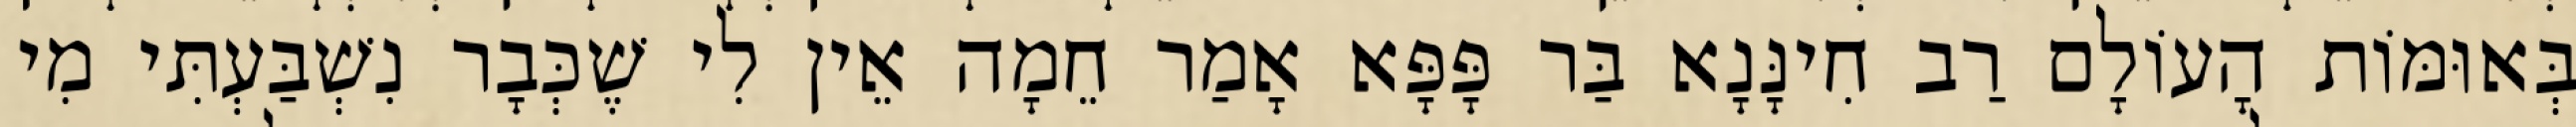
בְּאוּמּוֹת הָעוֹלָם רַב חִינָּנָא בַּר פָּפָּא אָמַר חֵמָה אֵין לִי שֶׁכְּבָר נִשְׁבַּעְתִּי מִי